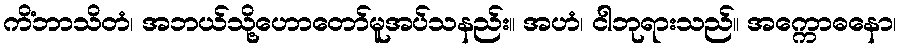
ကိံဘာသိတံ၊ အဘယ်သို့ဟောတော်မူအပ်သနည်း။ အဟံ၊ ငါဘုရားသည်။ အက္ကောဓနော၊